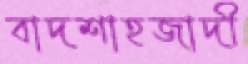
বাদশাহজাদী